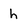
Character: h